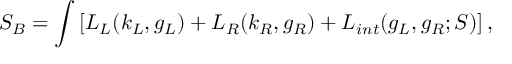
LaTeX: S _ { B } = \int \left[ L _ { L } ( k _ { L } , g _ { L } ) + L _ { R } ( k _ { R } , g _ { R } ) + L _ { i n t } ( g _ { L } , g _ { R } ; S ) \right] ,